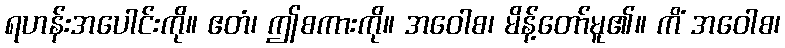
ရဟန်းအပေါင်းကို။ ဧတံ၊ ဤစကားကို။ အဝေါစ၊ မိန့်တော်မူ၏။ ကိံ အဝေါစ၊